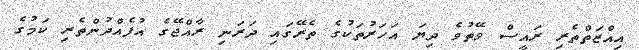
އިއްޒަތްތެރި ރައީސް ވޭތުވެ ދިޔަ އަހަރުތަކުގެ ތެރޭގައި ދަރަނި ރާއްޖޭގެ އުފެއްދުންތެރި ކަމުގެ